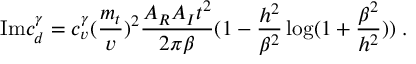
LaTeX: \mathrm { I m } c _ { d } ^ { \gamma } = c _ { v } ^ { \gamma } ( { \frac { m _ { t } } { v } } ) ^ { 2 } { \frac { A _ { R } A _ { I } t ^ { 2 } } { 2 \pi \beta } } ( 1 - { \frac { h ^ { 2 } } { \beta ^ { 2 } } } \log ( 1 + { \frac { \beta ^ { 2 } } { h ^ { 2 } } } ) ) \; .